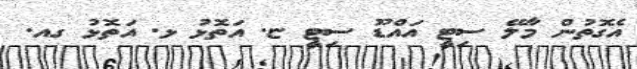
އެގޮތުން މާލޭ ސިޓީ އައްޑޫ ސިޓީ ޏ. އަތޮޅު ޅ. އަތޮޅު ގއ.